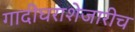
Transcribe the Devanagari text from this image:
गादीघराशेजारीच